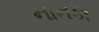
નાનકા